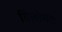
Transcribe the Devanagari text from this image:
विलोमक